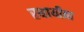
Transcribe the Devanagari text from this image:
स्थायीता